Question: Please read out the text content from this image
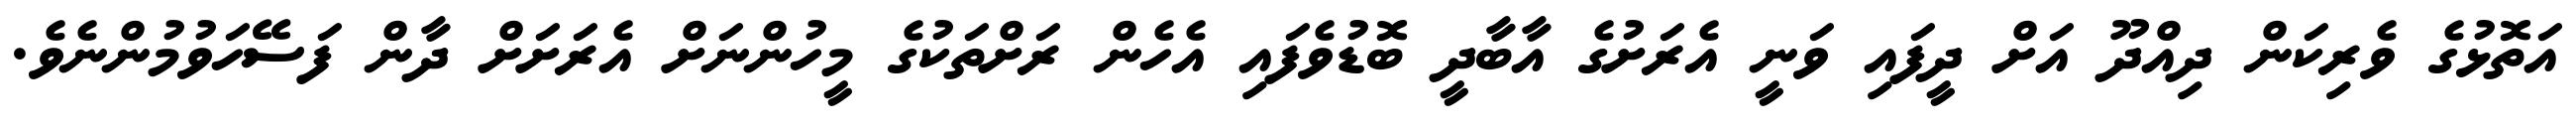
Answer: އަތޮޅުގެ ވެރިކަން ދިއްދޫ އަށް ދީފައި ވަނީ އެރަށުގެ އާބާދީ ބޮޑުވެފައި އެހެން ރަށްތަކުގެ މީހުންނަށް އެރަށަށް ދާން ފަސޭހަވުމުންނެވެ.